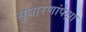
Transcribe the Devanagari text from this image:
सुधारणांपेक्षा